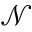
\mathcal { N }